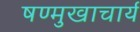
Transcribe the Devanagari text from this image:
षण्मुखाचार्य